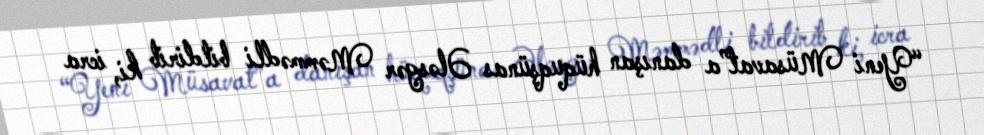
“Yeni Müsavat”a danışan hüquqşünas Ələsgər Məmmədli bildirib ki, icra